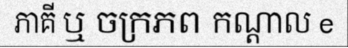
ភាគី ឬ ចក្រភព កណ្តាល e